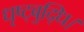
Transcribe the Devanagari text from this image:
धृष्ट्बुद्धि।